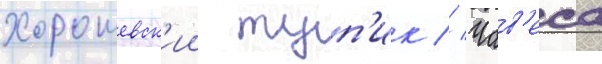
Хорошевск'ии туп'ик // Чав'еса